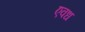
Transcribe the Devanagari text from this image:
एवध